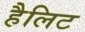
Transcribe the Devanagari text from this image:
हैलिट